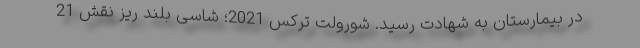
در بیمارستان به شهادت رسید. شورولت ترکس 2021؛ شاسی بلند ریز نقش 21